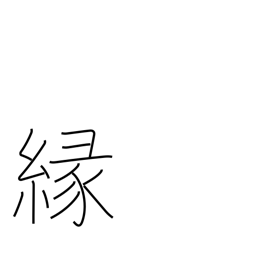
Meaning: affinity